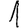
Digit: 1